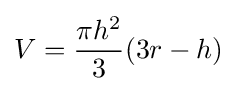
V={\frac {\pi h^{2}}{3}}(3r-h)